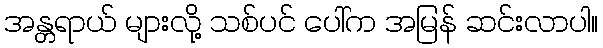
အန္တရာယ် များလို့ သစ်ပင် ပေါ်က အမြန် ဆင်းလာပါ။